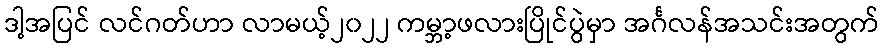
ဒါ့အပြင် လင်ဂတ်ဟာ လာမယ့်၂၀၂၂ ကမ္ဘာ့ဖလားပြိုင်ပွဲမှာ အင်္ဂလန်အသင်းအတွက်